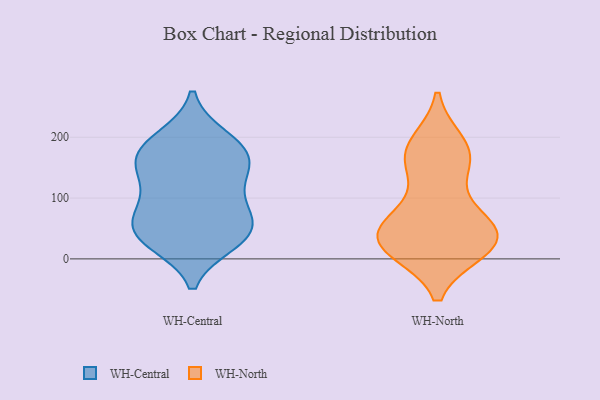
{"axis": {"x": "LTV (USD)", "y": "Value"}, "legend": ["WH-Central", "WH-North"], "data": [{"x": "", "y": 158, "type": "WH-Central"}, {"x": "", "y": 126, "type": "WH-Central"}, {"x": "", "y": 161, "type": "WH-Central"}, {"x": "", "y": 63, "type": "WH-Central"}, {"x": "", "y": 166, "type": "WH-Central"}, {"x": "", "y": 104, "type": "WH-Central"}, {"x": "", "y": 28, "type": "WH-Central"}, {"x": "", "y": 79, "type": "WH-Central"}, {"x": "", "y": 77, "type": "WH-Central"}, {"x": "", "y": 39, "type": "WH-Central"}, {"x": "", "y": 179, "type": "WH-Central"}, {"x": "", "y": 34, "type": "WH-Central"}, {"x": "", "y": 148, "type": "WH-Central"}, {"x": "", "y": 26, "type": "WH-Central"}, {"x": "", "y": 53, "type": "WH-Central"}, {"x": "", "y": 200, "type": "WH-Central"}, {"x": "", "y": 198, "type": "WH-Central"}, {"x": "", "y": 43, "type": "WH-North"}, {"x": "", "y": 75, "type": "WH-North"}, {"x": "", "y": 166, "type": "WH-North"}, {"x": "", "y": 187, "type": "WH-North"}, {"x": "", "y": 23, "type": "WH-North"}, {"x": "", "y": 190, "type": "WH-North"}, {"x": "", "y": 18, "type": "WH-North"}, {"x": "", "y": 153, "type": "WH-North"}, {"x": "", "y": 18, "type": "WH-North"}, {"x": "", "y": 158, "type": "WH-North"}, {"x": "", "y": 56, "type": "WH-North"}, {"x": "", "y": 37, "type": "WH-North"}, {"x": "", "y": 15, "type": "WH-North"}, {"x": "", "y": 67, "type": "WH-North"}, {"x": "", "y": 30, "type": "WH-North"}]}